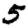
Digit: 5